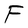
Character: F